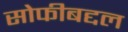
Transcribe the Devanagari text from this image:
सोफीबद्दल